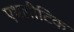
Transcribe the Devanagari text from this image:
एथलीटिक